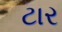
ટાર